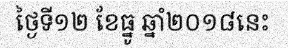
ថ្ងៃទី១២ ខែធ្នូ ឆ្នាំ២០១៨នេះ